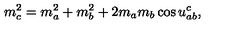
m _ { c } ^ { 2 } = m _ { a } ^ { 2 } + m _ { b } ^ { 2 } + 2 m _ { a } m _ { b } \cos u _ { a b } ^ { c } ,